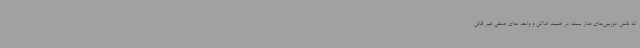
که نقش دوربین‌های مدار بسته در امنیت اماکن و واحد های صنفی غیر قابل